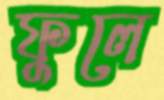
ফুলে